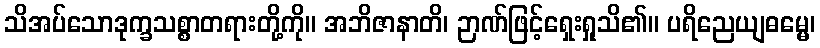
သိအပ်သောဒုက္ခသစ္စာတရားတို့ကို။ အဘိဇာနာတိ၊ ဉာဏ်ဖြင့်ရှေးရှုသိ၏။ ပရိညေယျဓမ္မေ၊